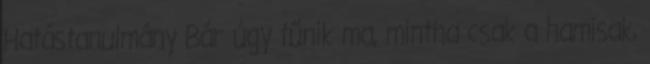
Hatástanulmány Bár úgy tűnik ma, mintha csak a hamisak,